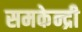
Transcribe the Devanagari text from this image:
समकेन्द्री